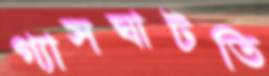
গ্যাসঘাটতি